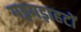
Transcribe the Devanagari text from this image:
गड़गड़ाहटों